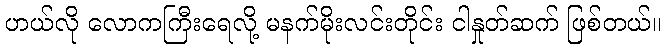
ဟယ်လို လောကကြီးရေလို့ မနက်မိုးလင်းတိုင်း ငါနှုတ်ဆက် ဖြစ်တယ်။